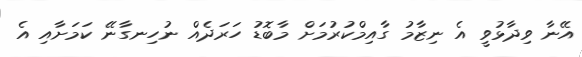
އޭނާ ވިދާޅުވީ އެ ނިޒާމު ގާއިމްކުރުމަށް މާބޮޑު ހަރަދެއް ނުހިނގާނޭ ކަމަށާއި އެ